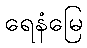
ရေနံမြေ